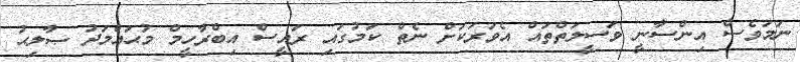
ނަމަވެސް އިންސާނީ ވަސީލަތްތައް އެވަރަކަށް ނެތް ކަމުގައި ރައީސް އިބްރާހީމް މުޙައްމަދު ޞާލިޙު